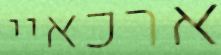
ארכאיי